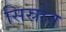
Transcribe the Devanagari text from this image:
सिस्रोन